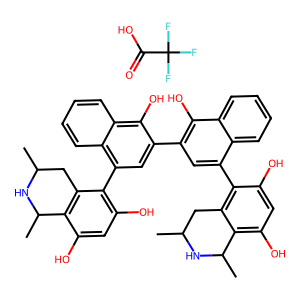
SMILES: CC1Cc2c(-c3cc(-c4cc(-c5c(O)cc(O)c6c5CC(C)NC6C)c5ccccc5c4O)c(O)c4ccccc34)c(O)cc(O)c2C(C)N1.O=C(O)C(F)(F)F
Inhibits HIV replication: Yes